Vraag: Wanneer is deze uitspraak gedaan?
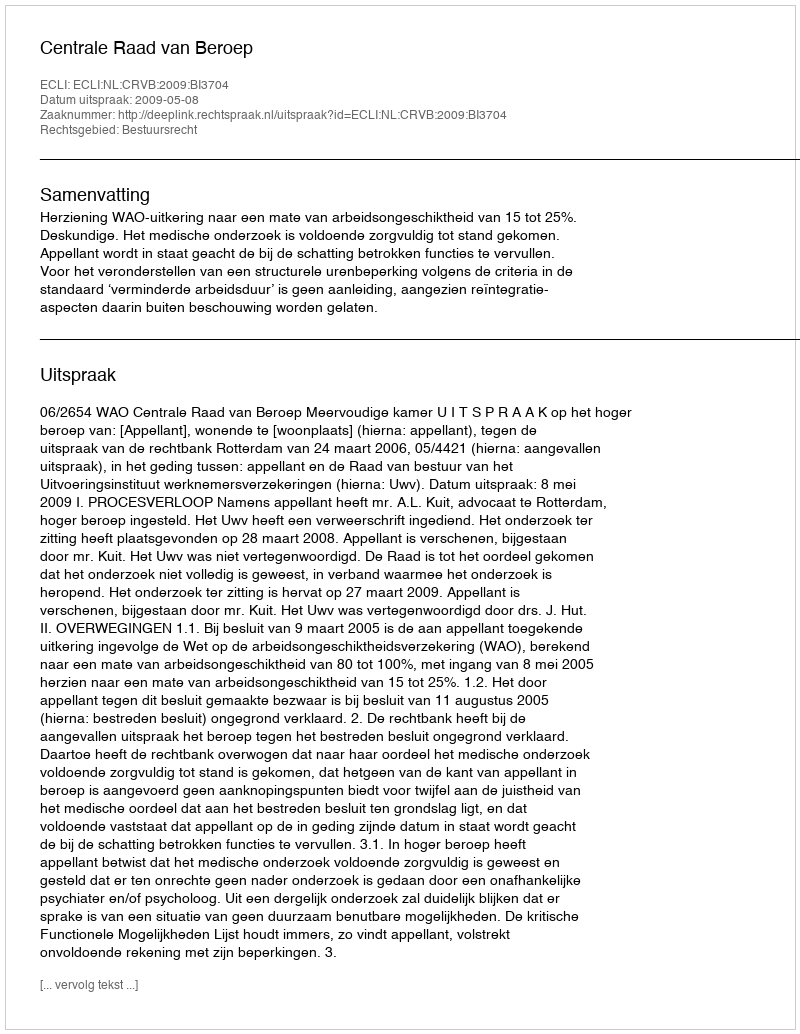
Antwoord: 2009-05-08